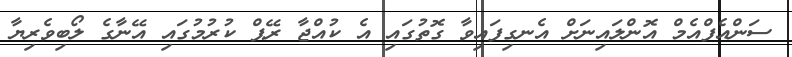
ސަންއެފްއެމް އޮންލައިނަށް އެނގިފައިވާ ގޮތުގައި އެ ކުއްޖާ ރޭޕް ކުރުމުގައި އޭނާގެ ލޯބިވެރިޔާ